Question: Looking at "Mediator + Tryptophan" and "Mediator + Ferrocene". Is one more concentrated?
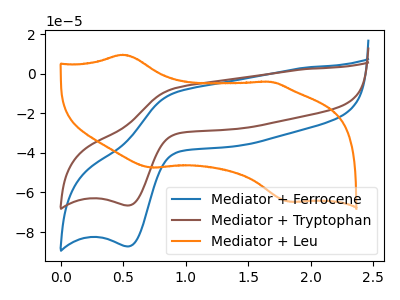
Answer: <think>The blue curve "Mediator + Ferrocene" has an anodic peak at (0.90V, -9.65uA) and a cathodic peak at (0.55V, -87.25uA). The brown curve "Mediator + Tryptophan" has an anodic peak at (0.90V, -7.35uA) and a cathodic peak at (0.55V, -66.55uA). The orange curve "Mediator + Leu" has anodic peaks at (0.50V, 9.65uA) (1.65V, -4.05uA) and cathodic peaks at (0.75V, -47.45uA) (1.85V, -64.70uA).
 All the peaks in "Mediator + Tryptophan" have a peak in "Mediator + Ferrocene" at the same potential.</think>
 <answer>I cant tell if "Mediator + Tryptophan" or "Mediator + Ferrocene" has higher concentration.</answer>
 <eval>mixed_concentration</eval>